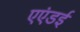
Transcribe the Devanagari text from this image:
एएंडई